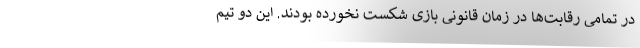
در تمامی رقابت‌ها در زمان قانونی بازی شکست نخورده بودند. این دو تیم